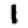
Digit: 1